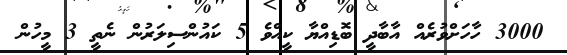
3000 ހާހަށްވުރެއް އާބާދީ ބޮޑިއްޔާ ކީއްވެ 5 ކައުންސިލަރުން ނެތީ 3 މީހުން